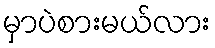
မှာပဲစားမယ်လား